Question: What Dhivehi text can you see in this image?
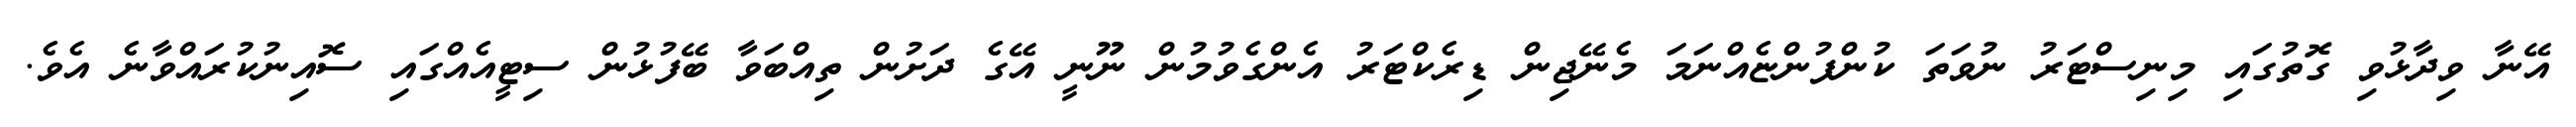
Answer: އޭނާ ވިދާޅުވި ގޮތުގައި މިނިސްޓަރު ނުވަތަ ކުންފުންޏެއްނަމަ މެނޭޖިން ޑިރެކްޓަރު އެންގެވުމުން ނޫނީ އޭގެ ދަށުން ތިއްބަވާ ބޭފުޅުން ސިޓީއެއްގައި ސޮއިނުކުރައްވާނެ އެވެ.